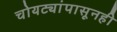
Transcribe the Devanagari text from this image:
चोयट्यांपासूनही